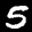
Label: 5